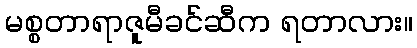
မစ္စတာရာဇူမီခင်ဆီက ရတာလား။